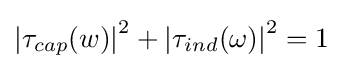
\left|\tau _{cap}(w)\right|^{2}+\left|\tau _{ind}(\omega )\right|^{2}=1